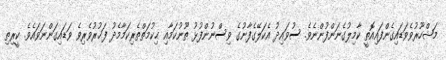
މަޝްހޫރުވެވަޑައިގެންފައިއޮތީ ކާމިލުގެނަންފުންނެވެ. ސުވައިދު އެކަލޭގެފާނުގެ ވިސްނުންފުޅު ތޫނުކަމާއި ޙިކުމަތްތެރިކަމާމެދު ފަޚުރުވެރިވެ ވަޑައިގަންނަވައެވެ. ކީރިތި